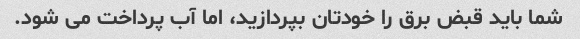
شما باید قبض برق را خودتان بپردازید، اما آب پرداخت می شود.